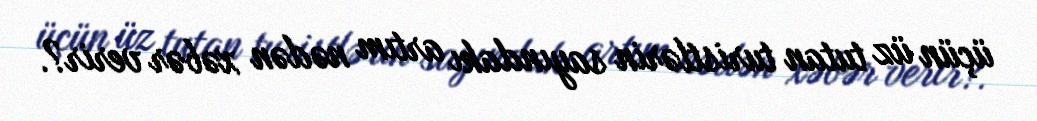
üçün üz tutan turistlərin sayındakı artım nədən xəbər verir?.